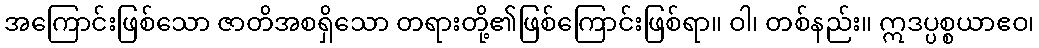
အကြောင်းဖြစ်သော ဇာတိအစရှိသော တရားတို့၏ဖြစ်ကြောင်းဖြစ်ရာ။ ဝါ၊ တစ်နည်း။ ဣဒပ္ပစ္စယာဧဝ၊